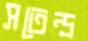
সতেন্দ্র